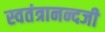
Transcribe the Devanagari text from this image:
स्वतंत्रानन्दजी